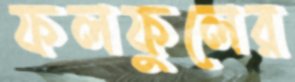
ফলফুলের